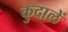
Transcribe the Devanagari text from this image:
कुदालें